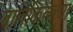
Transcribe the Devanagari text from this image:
बालेकिल्ल्या